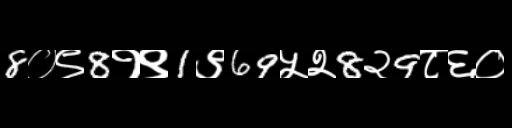
Text: 8०९8१९1९69५२8२9८६०